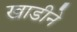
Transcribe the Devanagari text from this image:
खाडीने